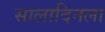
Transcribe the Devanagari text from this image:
सालादिनला